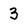
Character: 3